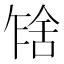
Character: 𰰂